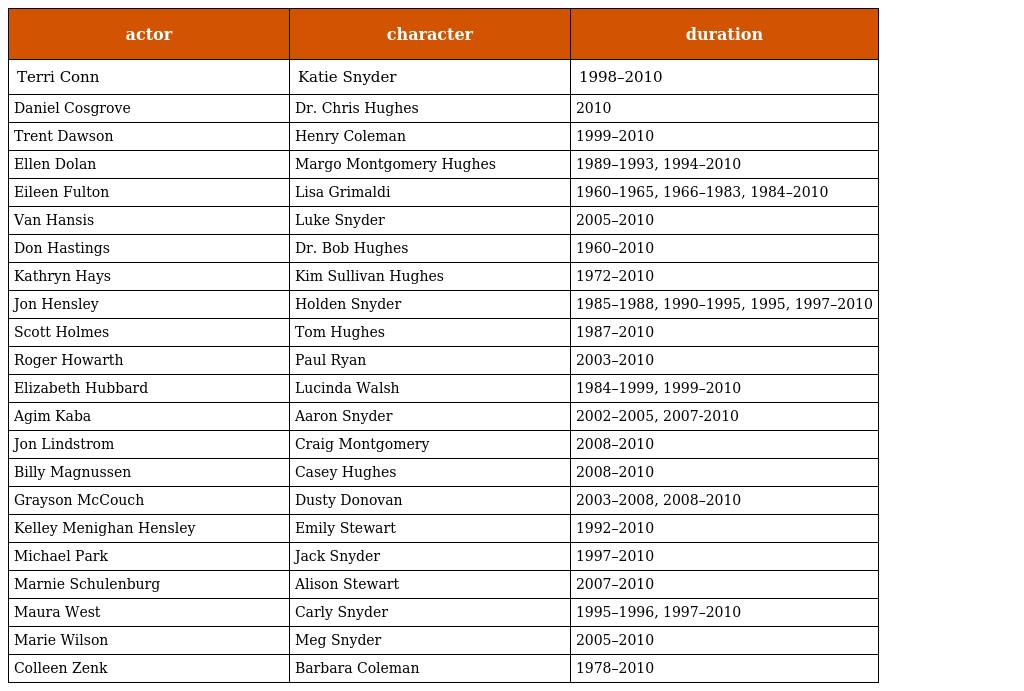
| actor | character | duration |
 | --- | --- | --- |
 | Terri Conn | Katie Snyder | 1998–2010 |
 | Daniel Cosgrove | Dr. Chris Hughes | 2010 |
 | Trent Dawson | Henry Coleman | 1999–2010 |
 | Ellen Dolan | Margo Montgomery Hughes | 1989–1993, 1994–2010 |
 | Eileen Fulton | Lisa Grimaldi | 1960–1965, 1966–1983, 1984–2010 |
 | Van Hansis | Luke Snyder | 2005–2010 |
 | Don Hastings | Dr. Bob Hughes | 1960–2010 |
 | Kathryn Hays | Kim Sullivan Hughes | 1972–2010 |
 | Jon Hensley | Holden Snyder | 1985–1988, 1990–1995, 1995, 1997–2010 |
 | Scott Holmes | Tom Hughes | 1987–2010 |
 | Roger Howarth | Paul Ryan | 2003–2010 |
 | Elizabeth Hubbard | Lucinda Walsh | 1984–1999, 1999–2010 |
 | Agim Kaba | Aaron Snyder | 2002–2005, 2007-2010 |
 | Jon Lindstrom | Craig Montgomery | 2008–2010 |
 | Billy Magnussen | Casey Hughes | 2008–2010 |
 | Grayson McCouch | Dusty Donovan | 2003–2008, 2008–2010 |
 | Kelley Menighan Hensley | Emily Stewart | 1992–2010 |
 | Michael Park | Jack Snyder | 1997–2010 |
 | Marnie Schulenburg | Alison Stewart | 2007–2010 |
 | Maura West | Carly Snyder | 1995–1996, 1997–2010 |
 | Marie Wilson | Meg Snyder | 2005–2010 |
 | Colleen Zenk | Barbara Coleman | 1978–2010 |